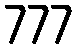
777